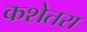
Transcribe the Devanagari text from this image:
कशेतरा